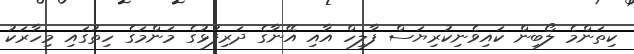
ކިތަންމެ ލޯބިން ކައިވެނިކުރިޔަސް ފާލިހް އާއި އޭނާގެ ދަރިފުޅުގެ މަންމަގެ ހިތުގައި މިހާރަކު